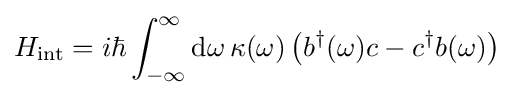
H_{\mathrm {int} }=i\hbar \int _{-\infty }^{\infty }\mathrm {d} \omega \,\kappa (\omega )\left(b^{\dagger }(\omega )c-c^{\dagger }b(\omega )\right)